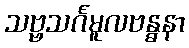
သဗ္ဗသင်္ဂမူလဗန္ဓနာ